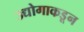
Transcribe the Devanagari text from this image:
उद्योगाकडून